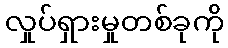
လှုပ်ရှားမှုတစ်ခုကို